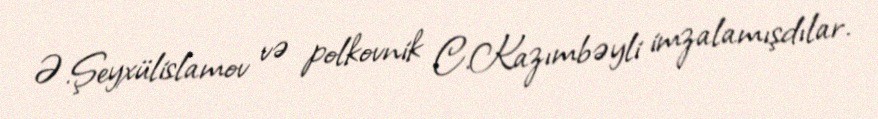
Ə.Şeyxülislamov və polkovnik C.Kazımbəyli imzalamışdılar.